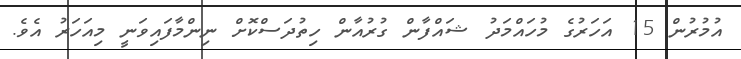
އުމުރުން 15 އަހަރުގެ މުހައްމަދު ޝައްފާން ގުރުއާން ހިތުދަސްކޮށް ނިންމާފައިވަނީ މިއަހަރު އެވެ.